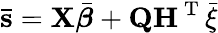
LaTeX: \mathbf{\bar{s}}=\mathbf{X}\bar{\boldsymbol{\beta}}+\mathbf{QH}^{\mathrm{~T~}}\bar{\xi}